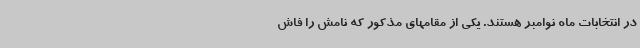
در انتخابات ماه نوامبر هستند. یکی از مقامهای مذکور که نامش را فاش